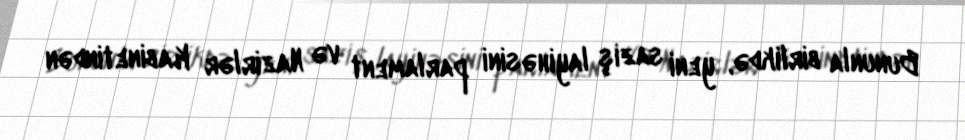
Bununla birlikdə, yeni saziş layihəsini parlament və Nazirlər Kabinetindən